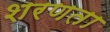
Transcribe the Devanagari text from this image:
शरणता